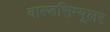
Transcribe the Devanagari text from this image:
वाल्डसिम्यूलर